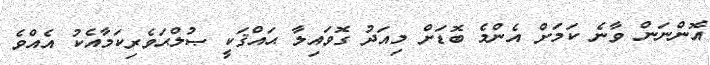
އޮންނަން ވާނެ ކަމަށް އެންމެ ބޮޑަށް މިއަދު ގޮވައިލާ ޙައްޤަކީ ޞުލްޙަވެރިކަމާއެކު އެއްވެ